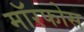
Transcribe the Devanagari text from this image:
मॉरफोस